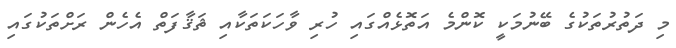
މި ދަތުރުތަކުގެ ބޭނުމަކީ ކޮންމެ އަތޮޅެއްގައި ހުރި ވާހަކަތަކާއި ޘަޤާފަތް އެހެން ރަށްތަކުގައި